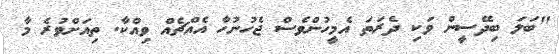
"ބަލަ ބިދޭސީން ވަކި ދެރަތަ އެމީހުންވެސް ޖެހުނުހާ އެއްޗެއް ވިއްކާ. ތިއަށްވުރެ މާ